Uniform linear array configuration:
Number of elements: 24
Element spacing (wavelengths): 0.25
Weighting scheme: cosine
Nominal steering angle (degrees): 0
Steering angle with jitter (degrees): -0.7089
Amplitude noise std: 0.05
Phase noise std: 0.05

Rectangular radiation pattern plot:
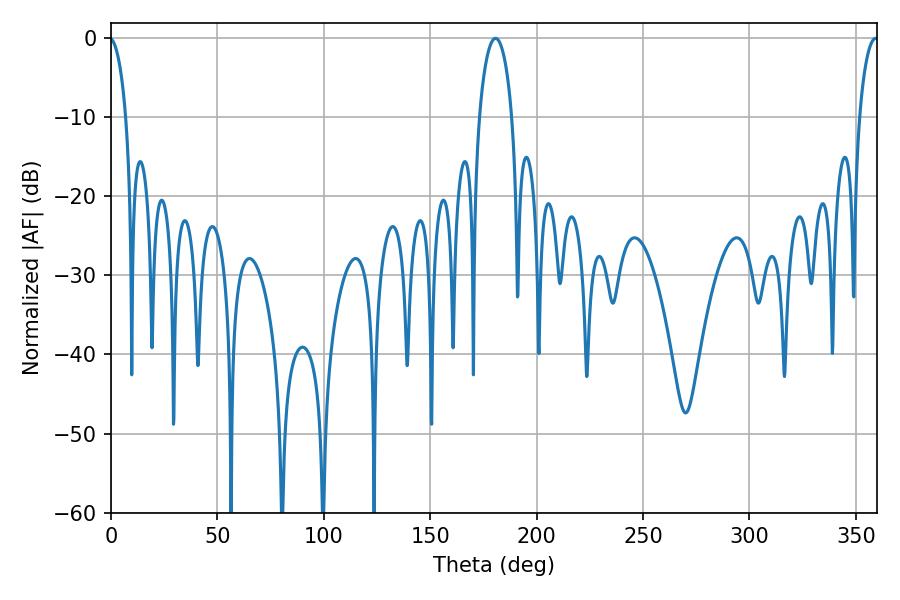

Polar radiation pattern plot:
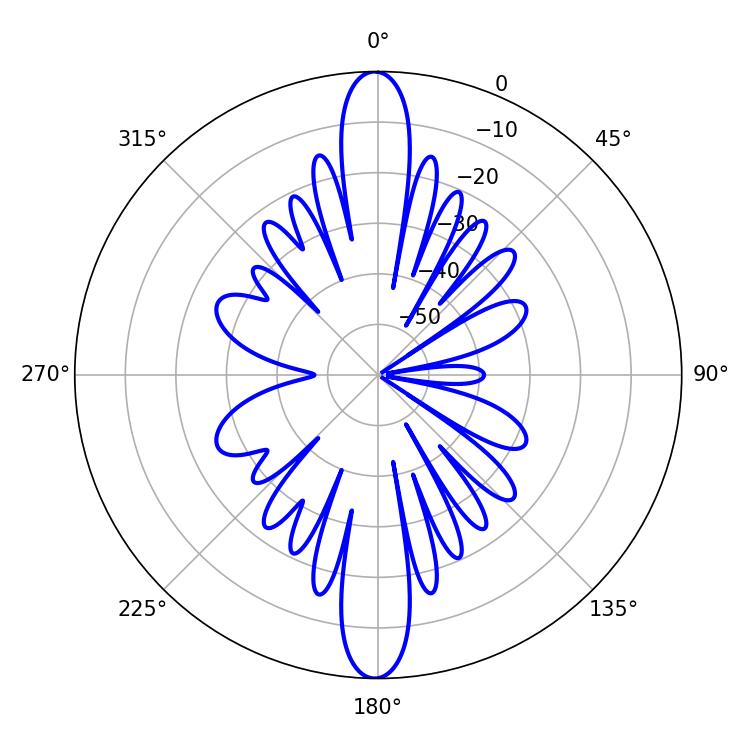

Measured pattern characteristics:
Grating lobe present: FALSE
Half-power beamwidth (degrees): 8.82
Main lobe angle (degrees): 180.72